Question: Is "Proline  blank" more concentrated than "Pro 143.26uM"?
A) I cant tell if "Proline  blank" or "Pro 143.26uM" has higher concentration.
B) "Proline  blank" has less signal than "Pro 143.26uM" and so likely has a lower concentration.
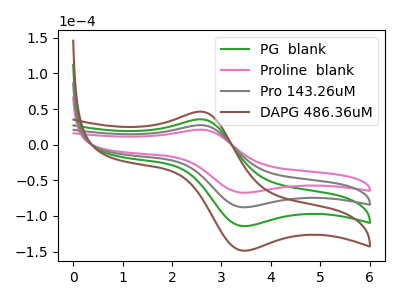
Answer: <think>The green curve "PG  blank" has an anodic peak at (2.60V, 54.65uA) and a cathodic peak at (3.45V, -175.55uA). The pink curve "Proline  blank" has an anodic peak at (2.60V, 21.00uA) and a cathodic peak at (3.45V, -67.45uA). The gray curve "Pro 143.26uM" has an anodic peak at (2.60V, 27.35uA) and a cathodic peak at (3.45V, -87.80uA). The brown curve "DAPG 486.36uM" has an anodic peak at (2.60V, 82.00uA) and a cathodic peak at (3.45V, -263.35uA).
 All the peaks in "Proline  blank" have a peak in "Pro 143.26uM" at the same potential. Every peak in "Proline  blank" is lower than every peak in "Pro 143.26uM".</think>
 <answer>B) "Proline  blank" has less signal than "Pro 143.26uM" and so likely has a lower concentration.</answer>
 <eval>B</eval>